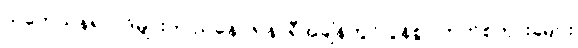
သုတေသနရလဒ်များက ညနေ(၆)နာရီအချိန်တွင် ပွန်စွာ ဘတ်စ်ကားခများ